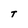
Character: T